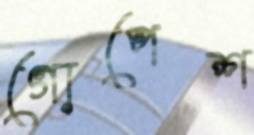
গোপেশ